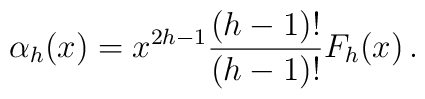
\alpha_h(x)=x^{2h-1}{(h-1)!\over (h-1)!}F_h(x)\,.